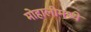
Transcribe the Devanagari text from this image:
मोहालीमध्ये